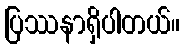
ပြဿနာရှိပါတယ်။